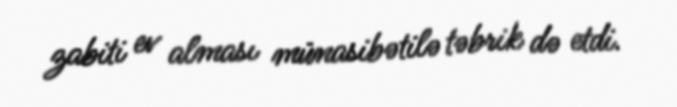
zabiti ev alması münasibətilə təbrik də etdi.